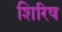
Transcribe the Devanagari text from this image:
शिरिष